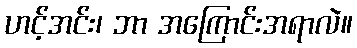
ဟင့်အင်း၊ ဘာ အကြောင်းအရာလဲ။